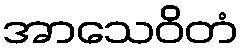
အာသေဝိတံ